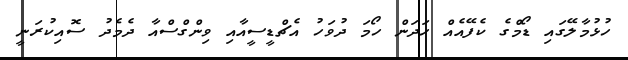
ހުޅުމާލޭގައި ޑޯމްގެ ކެފޭއެއް ހަދަން ހޯމަ ދުވަހު އެޗްޑީސީއާއި ވިންގްސްއާ ދެމެދު ސޮއިކުރަނީ